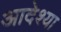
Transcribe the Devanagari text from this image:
आदेश्या